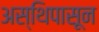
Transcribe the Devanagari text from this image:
अस्थिपासून